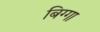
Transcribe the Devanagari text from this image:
बिग्गा